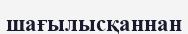
шағылысқаннан